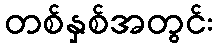
တစ်နှစ်အတွင်း